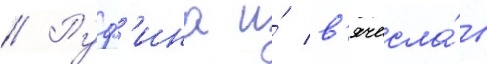
// Руф'ина и́ в'ячесла́в